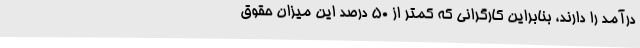
درآمد را دارند، بنابراین کارگرانی که کمتر از 50 درصد این میزان حقوق